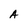
Character: A